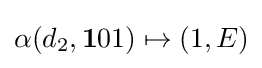
\alpha (d_{2},\mathbf {1} 01)\mapsto (1,E)